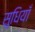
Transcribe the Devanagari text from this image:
सुधियाँ